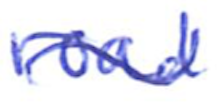
Text: road
Cross-out: wave
Writing tool: ballpoint